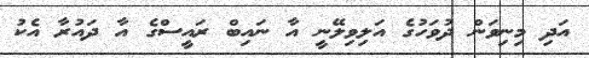
އަދި މިނިވަން ދުވަހުގެ އަލިވިލޭނީ އާ ނައިބް ރައީސްގެ އާ ދައުރާ އެކު